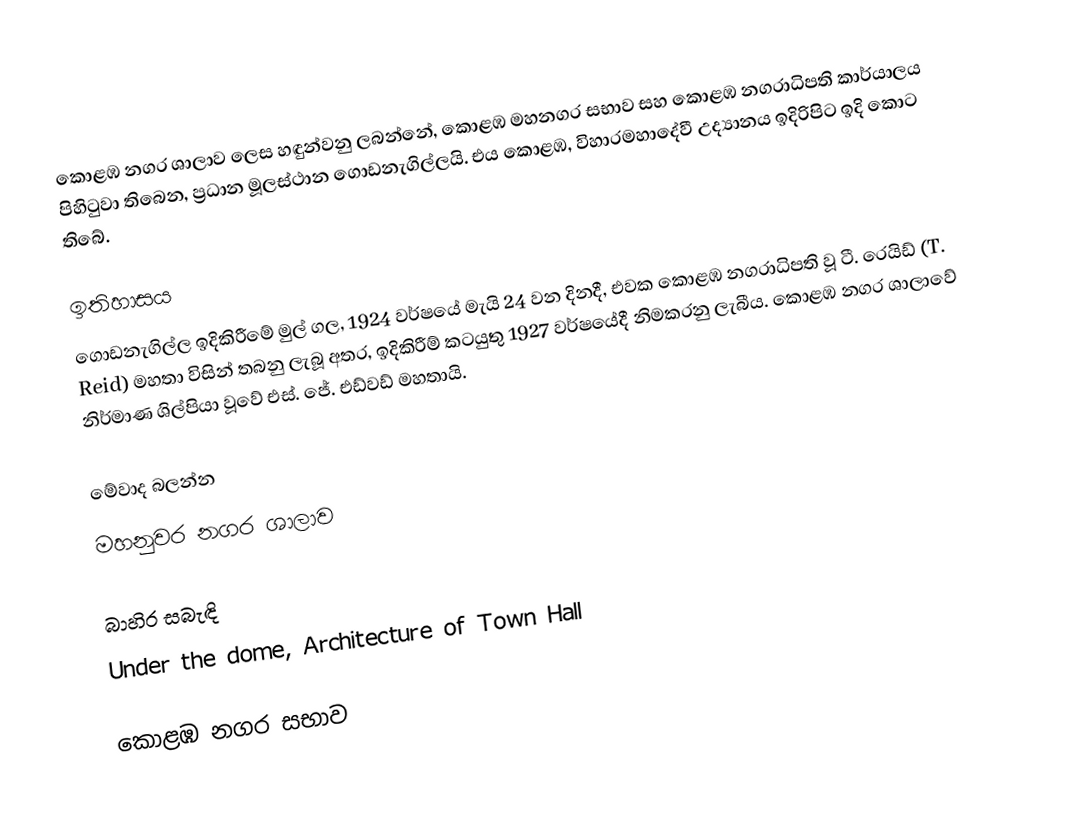
කොළඹ නගර ශාලාව ලෙස හඳුන්වනු ලබන්නේ, කොළඹ මහනගර සභාව සහ කොළඹ නගරාධිපති කාර්යාලය පිහිටුවා තිබෙන, ප්‍රධාන මූලස්ථාන ගොඩනැගිල්ලයි. එය කොළඹ, විහාරමහාදේවී උද්‍යානය ඉදිරිපිට ඉදි කොට තිබේ.

ඉතිහාසය
ගොඩනැගිල්ල ඉදිකිරීමේ මුල් ගල, 1924 වර්ෂයේ මැයි 24 වන දිනදී, එවක කොළඹ නගරාධිපති වූ ටී. රෙයිඩ් (T. Reid) මහතා විසින් තබනු ලැබූ අතර, ඉදිකිරීම් කටයුතු 1927 වර්ෂයේදී නිමකරනු ලැබීය. කොළඹ නගර ශාලාවේ නිර්මාණ ශිල්පියා වූවේ එස්. ජේ. එඩ්වඩ් මහතායි.

මේවාද බලන්න
මහනුවර නගර ශාලාව

බාහිර සබැඳි
Under the dome, Architecture of Town Hall

කොළඹ නගර සභාව